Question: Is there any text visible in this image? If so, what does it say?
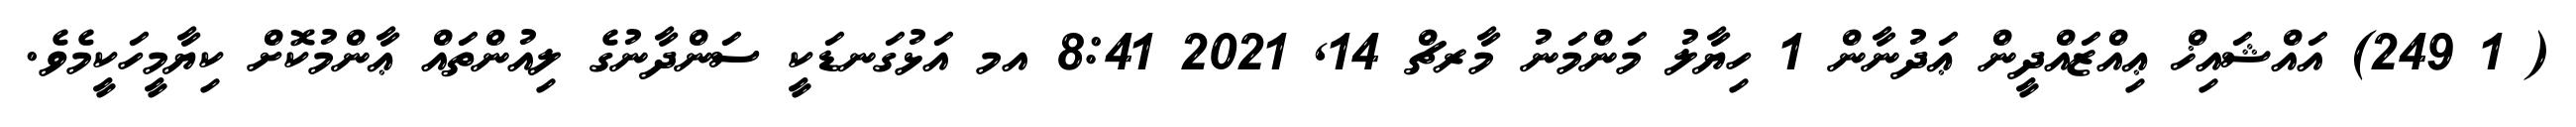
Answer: ( 1 249) އައްޝައިޚް ޢިއްޒައްދީން ޢަދުނާން 1 ހިޔާލު މަންމަނު މާރޗް 14, 2021 8:41 އމ އަޅުގަނޑަކީ ސަންދާނުގެ ލިއުންތައް ޢާންމުކޮށް ކިޔާމީހަކީމެވެ.